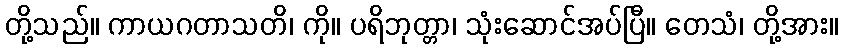
တို့သည်။ ကာယဂတာသတိ၊ ကို။ ပရိဘုတ္တာ၊ သုံးဆောင်အပ်ပြီ။ တေသံ၊ တို့အား။